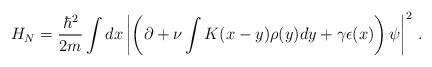
LaTeX: \begin{align*}H_N= \frac{\hbar^2}{2m} \int dx \left\vert\left(\partial+\nu\int K(x-y)\rho(y) dy +\gamma\epsilon(x)\right)\psi\right\vert^2\,.\end{align*}